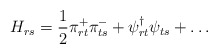
\begin{align*}H_{rs} = \frac{1}{2} \pi^{+}_{rt} \pi^{-}_{ts} + \psi^{\dagger}_{rt}\psi_{ts} + \ldots\end{align*}